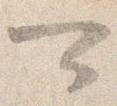
可